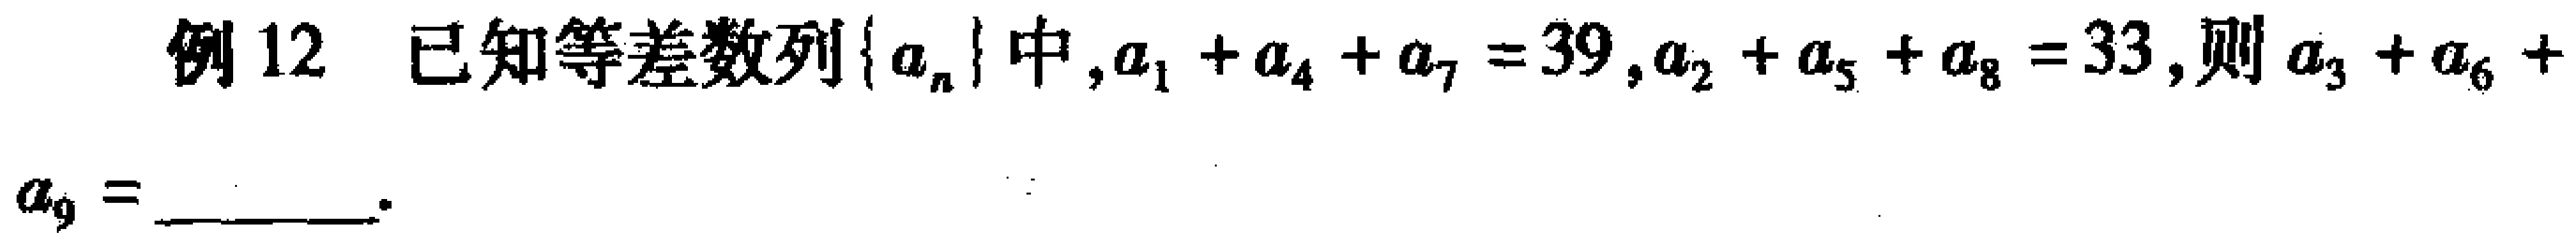
例 12 已知等差数列\(\{ a_{n}\}\)中，\(a_{1}+a_{4}+a_{7}=39\)，\(a_{2}+a_{5}+a_{8}=33\)，则\(a_{3}+a_{6}+\)
\(a_{9}=\underline{\qquad}\)。